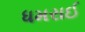
ધમરાઈ